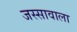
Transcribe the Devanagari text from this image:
जस्‍सावाला